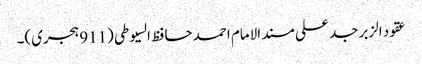
عقود الزبر جد علی مسند الامام احمد حافظ السیوطی (911 ہجری)۔